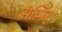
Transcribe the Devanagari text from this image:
सप्पिर्ः